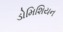
ડોમિશિયન